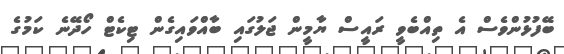
ބޭފުޅުންވެސް އެ ތިއްބެވީ ރައީސް ޔާމީން ޖަލުގައި ބާއްވައިގެން ޓިކެޓް ހޯދޭނެ ކަމުގެ